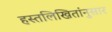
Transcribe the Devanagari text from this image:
हस्तलिखितांनुसार